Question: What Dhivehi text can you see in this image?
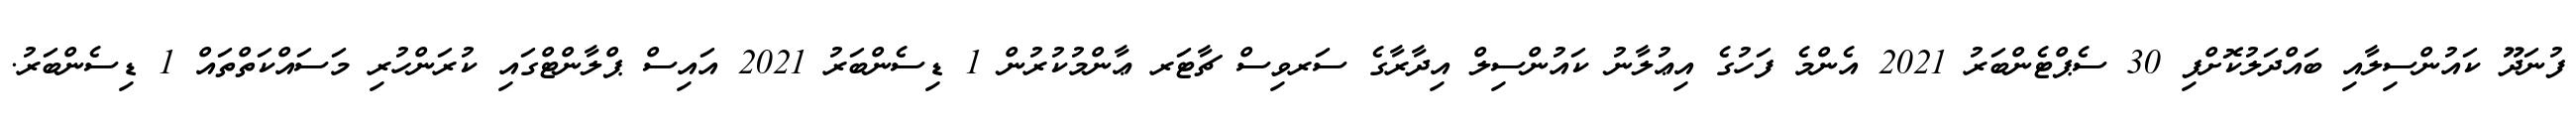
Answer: ފުނަދޫ ކައުންސިލާއި ބައްދަލުކޮށްފި 30 ސެޕްޓެންބަރު 2021 އެންމެ ފަހުގެ އިޢުލާނު ކައުންސިލް އިދާރާގެ ސަރވިސް ޗާޓަރ ޢާންމުކުރުން 1 ޑިސެންބަރު 2021 އައިސް ޕްލާންޓްގައި ކުރަންހުރި މަސައްކަތްތައް 1 ޑިސެންބަރު.